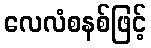
လေလံစနစ်ဖြင့်